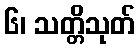
၆၊ သတ္တိသုတ်